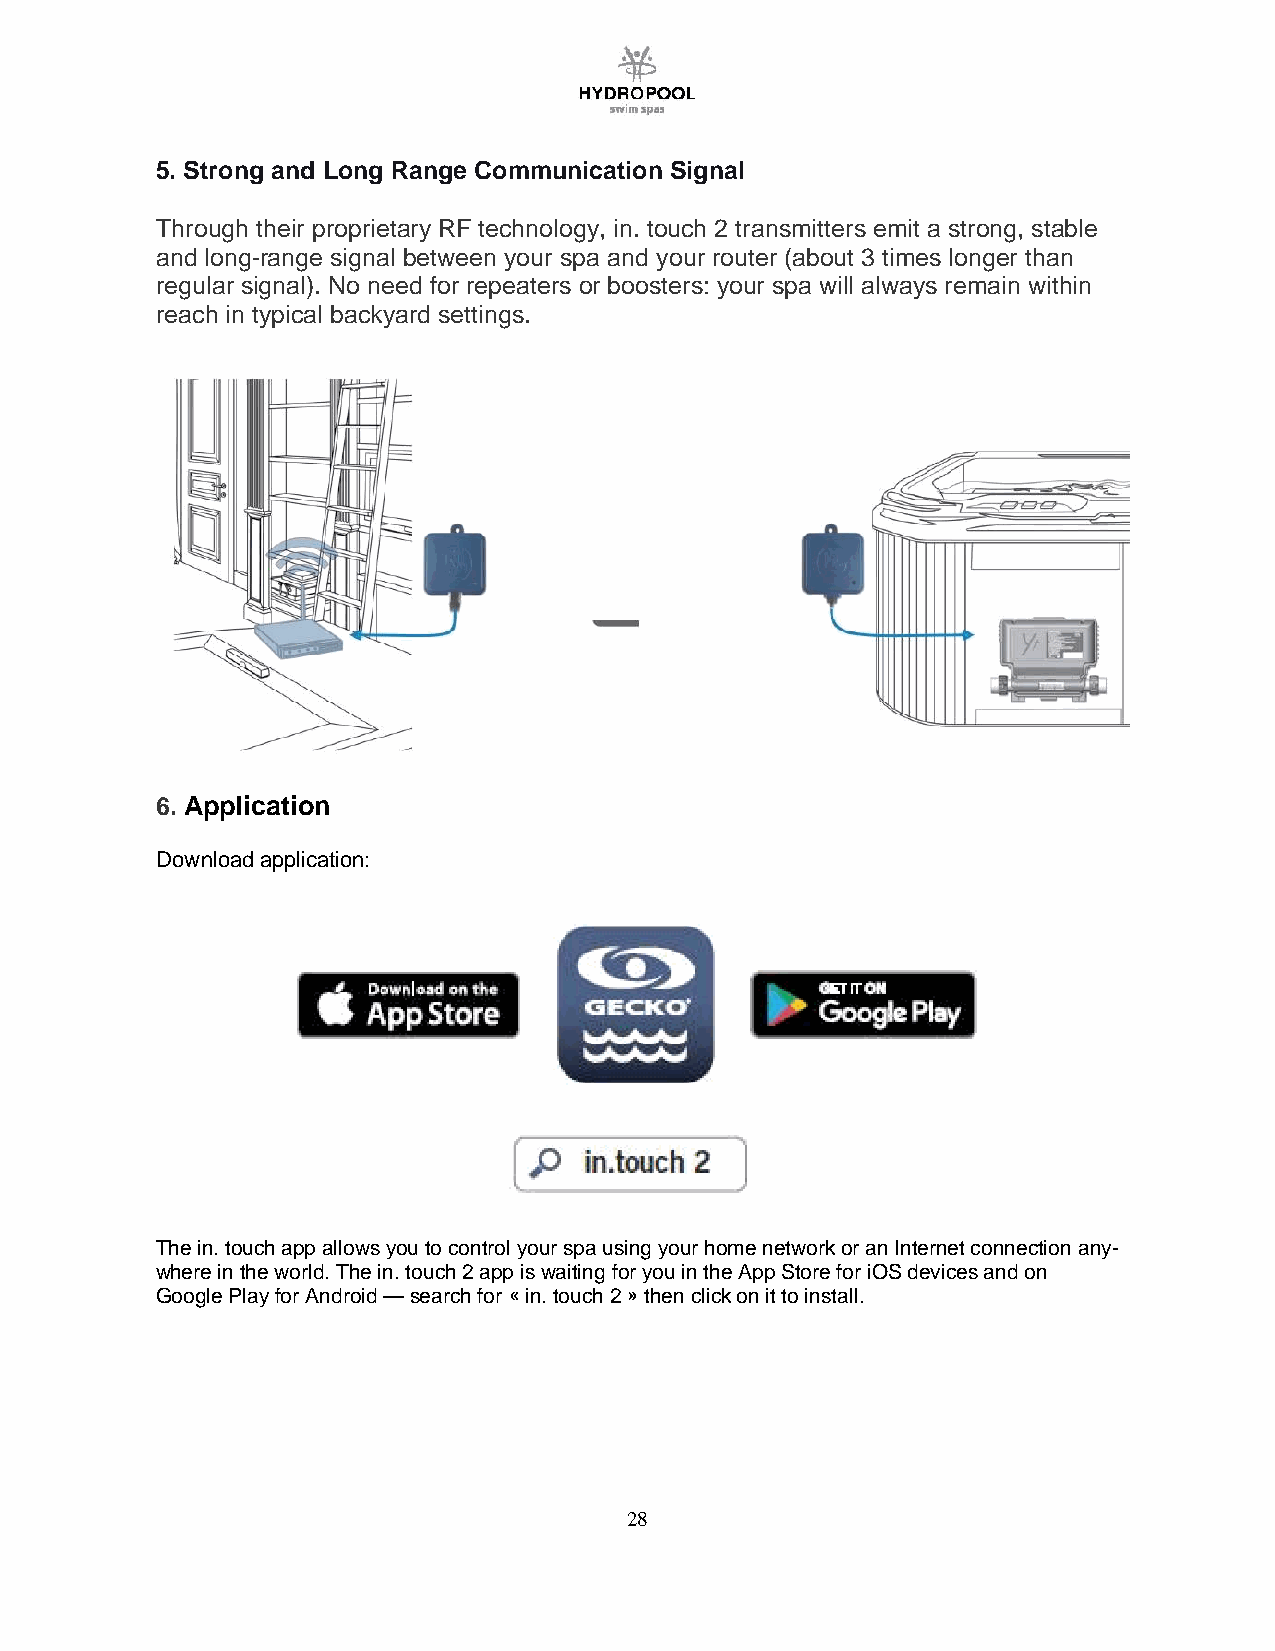
5. Strong and Long Range Communication Signal
 Through their proprietary RF technology, in. touch 2 transmitters emit a strong, stable
 and long-range signal between your spa and your router (about 3 times longer than
 regular signal). No need for repeaters or boosters: your spa will always remain within
 reach in typical backyard settings.
 6. Application
 Download application:
 The in. touch app allows you to control your spa using your home network or an Internet connection any-
 where in the world. The in. touch 2 app is waiting for you in the App Store for iOS devices and on
 Google Play for Android — search for « in. touch 2 » then click on it to install.
 28